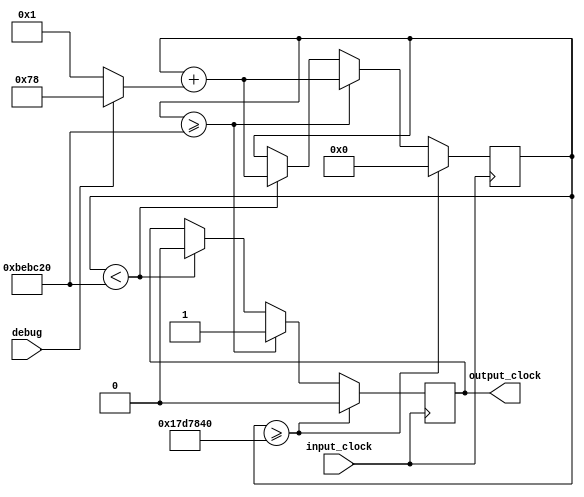
module Clock(
		input_clock,
		debug,
		output_clock
);

input input_clock;
input debug;

output output_clock;

parameter debug_step = 120;
parameter output_freq = 2;
parameter input_freq = 50000000;

parameter output_time = input_freq/output_freq;

reg [31:0] count;
reg out_signal;

wire [31:0] step_size;

assign step_size = debug ? debug_step : 1;

always @ (posedge input_clock)
begin
	if (count >= output_time)
	begin
		count <= 0;
		out_signal <= 0;
	end
	
	else if (count >= output_time/2)
	begin
		out_signal <= 1;
		count <= count + step_size;
	end
	
	else if (count < output_time/2)
	begin
		out_signal <= 0;
		count <= count + step_size;
	end
end

assign output_clock = out_signal;

endmodule



module clock_testbench;

parameter debug_step = 10;
parameter output_freq = 10;
parameter input_freq = 50;

reg input_clock;
reg debug;
wire output_clock;
	
initial begin
	$display($time, " << Starting the Simulation >>");
	input_clock = 1'b0;
	debug = 1'b0;
	
	wait (output_clock == 1'b1);
	$display($time, "we did it ");
	
	#40;
	
	$stop;
end

always
	#10 input_clock = ~input_clock;
	
Clock 
	#(
	.debug_step(debug_step),
	.output_freq(output_freq),
	.input_freq(input_freq)
	) clock
	(
	.input_clock(input_clock),
	.debug(debug),
	.output_clock(output_clock)
	);

endmodule